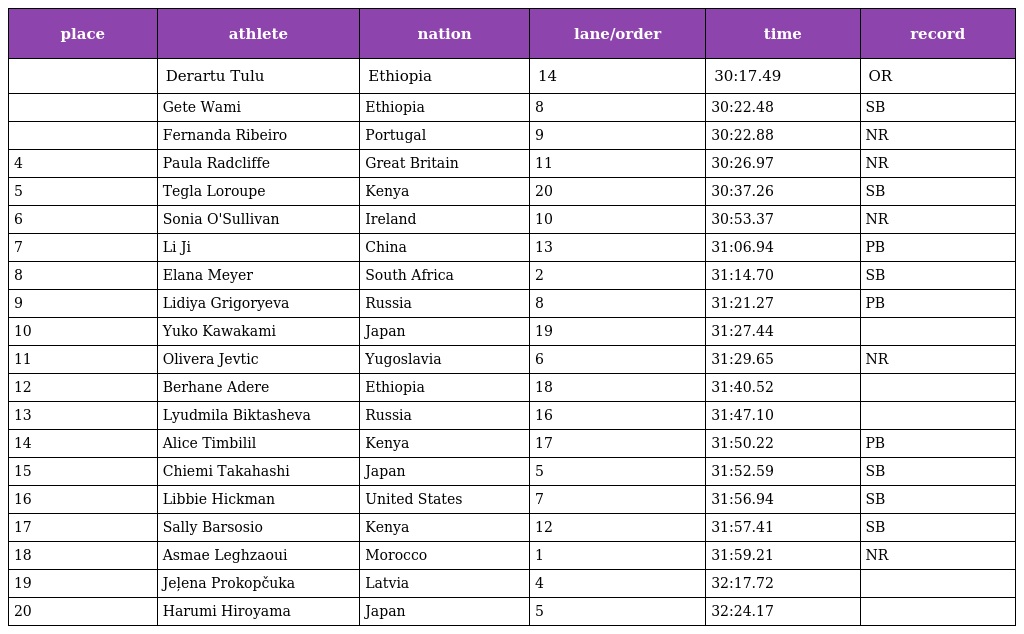
| place | athlete | nation | lane/order | time | record |
 | --- | --- | --- | --- | --- | --- |
 |  | Derartu Tulu | Ethiopia | 14 | 30:17.49 | OR |
 |  | Gete Wami | Ethiopia | 8 | 30:22.48 | SB |
 |  | Fernanda Ribeiro | Portugal | 9 | 30:22.88 | NR |
 | 4 | Paula Radcliffe | Great Britain | 11 | 30:26.97 | NR |
 | 5 | Tegla Loroupe | Kenya | 20 | 30:37.26 | SB |
 | 6 | Sonia O'Sullivan | Ireland | 10 | 30:53.37 | NR |
 | 7 | Li Ji | China | 13 | 31:06.94 | PB |
 | 8 | Elana Meyer | South Africa | 2 | 31:14.70 | SB |
 | 9 | Lidiya Grigoryeva | Russia | 8 | 31:21.27 | PB |
 | 10 | Yuko Kawakami | Japan | 19 | 31:27.44 |  |
 | 11 | Olivera Jevtic | Yugoslavia | 6 | 31:29.65 | NR |
 | 12 | Berhane Adere | Ethiopia | 18 | 31:40.52 |  |
 | 13 | Lyudmila Biktasheva | Russia | 16 | 31:47.10 |  |
 | 14 | Alice Timbilil | Kenya | 17 | 31:50.22 | PB |
 | 15 | Chiemi Takahashi | Japan | 5 | 31:52.59 | SB |
 | 16 | Libbie Hickman | United States | 7 | 31:56.94 | SB |
 | 17 | Sally Barsosio | Kenya | 12 | 31:57.41 | SB |
 | 18 | Asmae Leghzaoui | Morocco | 1 | 31:59.21 | NR |
 | 19 | Jeļena Prokopčuka | Latvia | 4 | 32:17.72 |  |
 | 20 | Harumi Hiroyama | Japan | 5 | 32:24.17 |  |